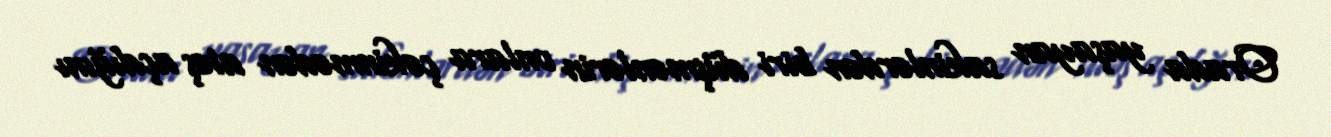
Orada yaşayan sakinlərdən biri düşmənlərin onlara çəkinmədən atəş açdığını